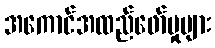
အကောင်အထည်ဖော်မှုများ